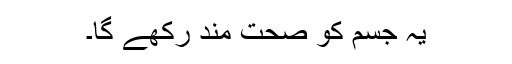
یہ جسم کو صحت مند رکھے گا۔